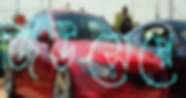
জিউসেপ্পে